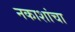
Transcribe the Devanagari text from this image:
नकाशांचा